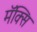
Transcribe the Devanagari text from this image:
मॅक्सि